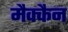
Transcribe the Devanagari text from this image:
मैक्कैन